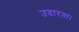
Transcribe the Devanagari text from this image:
उदारता।